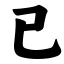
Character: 已